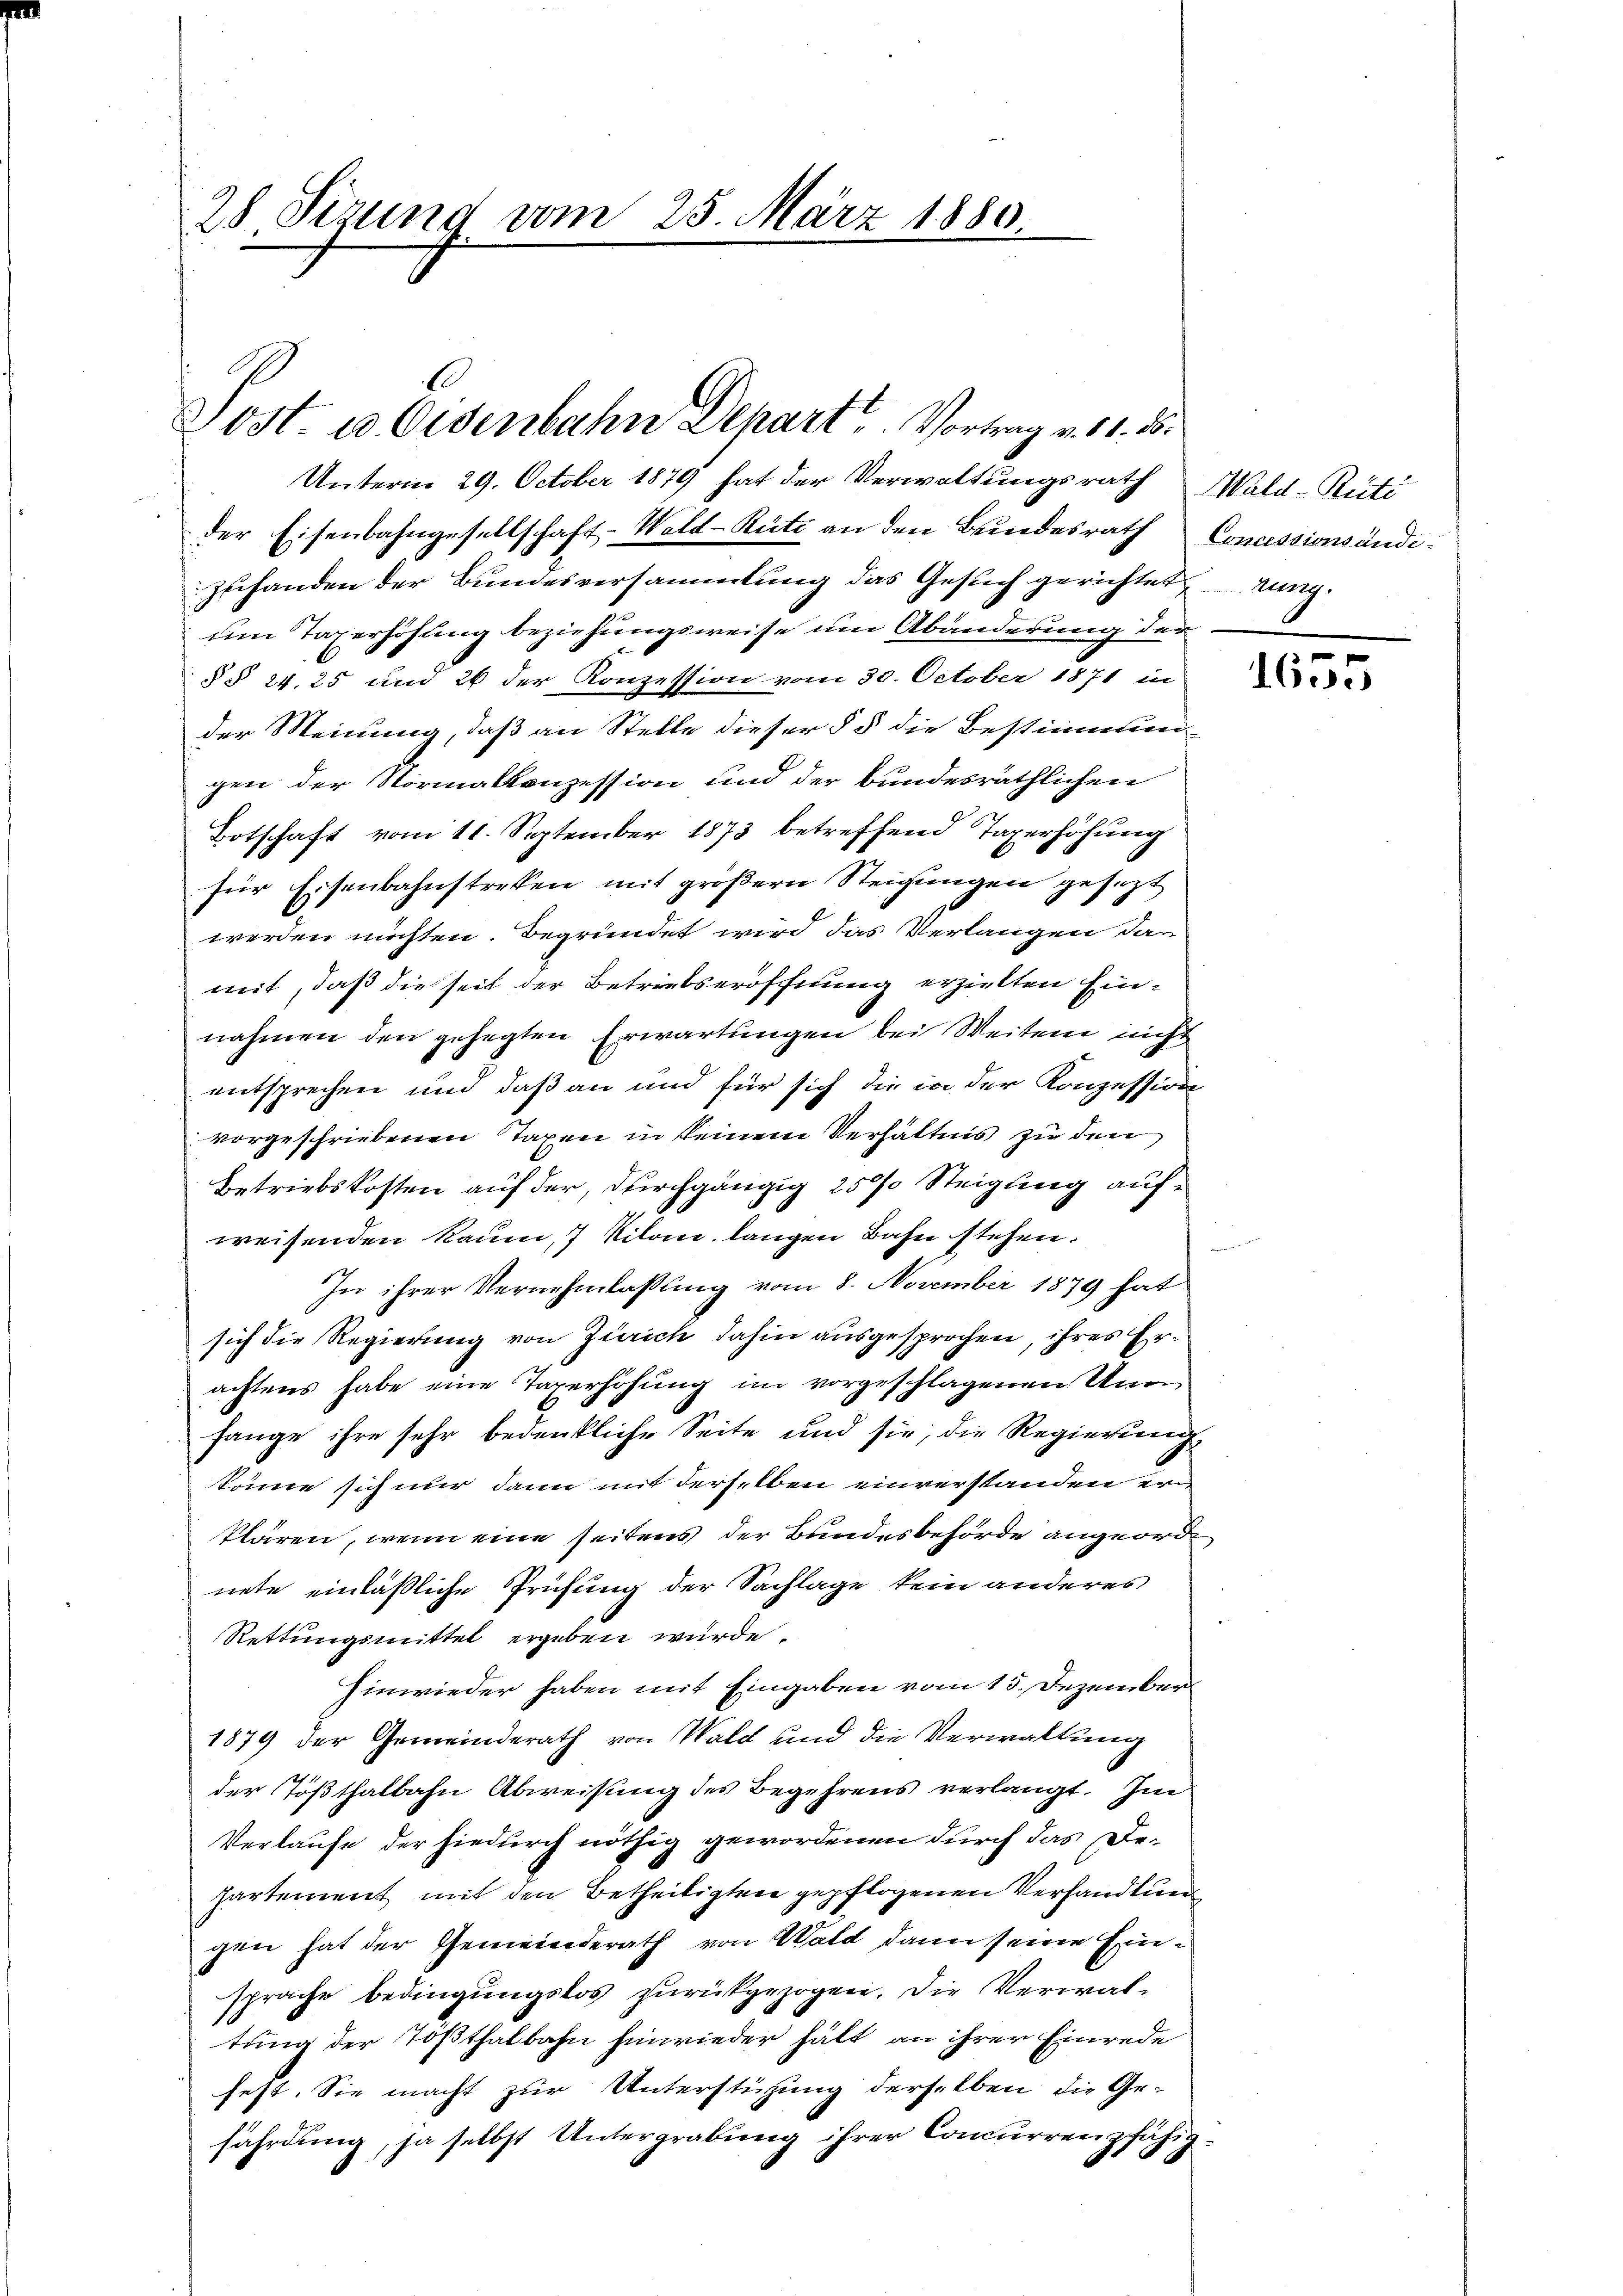
28. Sezung vom 25. März 1880

Post in Eisenbahn Depart? Vortung u. 11. d.

Unterm 29. October 1879 hat der Verwaltungsrath Wald–Rüti
der Eisenbahngesellschaft-Wald-Rüti an den Bundesrath Concessionsändezuhanden der Bundesversammlung das Gesuch gerichtet ung.
um Taxerhöhung beziehungsweise um Abänderung der
§ § 24. 25 und 26 der Konzession vom 30. October 1871 in
der Meinung, daß an Stelle dieser § 5 die Bestimmun
gen der Normalkonzession und der bundesräthlichen
Botschaft vom 11. September 1873 betreffend Taxerhöhung
für Eisenbahnstreten mit größern Steigungen gesezt
werden nichten. Begründet wird das Verlangen das
mit, daß die seit der Betriebseröffnung erzielten Einnahmen den gehegten Erwartungen bei Weiten nicht
entsprechen und daß an und für sich die in der Konzession
vorgeschriebenen Taxen in keinem Verhältnis zu den
Betriebskosten auf der, durchgängig 250% Steigung aufweisenden kaum, 7 Kilom, langen Bahn stehen.
r
In ihrer Vernehmlassung vom 8. November 1879 hat
sich die Regierung von Zürich dahin ausgesprochen, ihres Erachtens habe eine Taverhöhung im vorgeschlagenen Un
fange ihre sehr bedenkliche Seite und sie, die Regierung
könne sich nur dann mit derselben einverstanden er
klären, wenn eine seitens der Bundesbehörde angeordnete einläßliche Prüfung der Sachlage kein anderes
Rettungsmittel ergeben würde.
hinwieder haben mit Eingaben vom 15. Dezember
1879 der Gemeinderath von Wald und die Verwaltung
der Tößthalbahn Abweisung des Begehrens verlangt. Im
Verlaufe der hiedurch nöthig gewordenen durch das Departement mit den Betheiligten gepflogenen Verhandlun
gen hat der Gemeinderath von Wald dann seine Einsprache bedingungslos zurückgezogen. Die Verwaltung der Tößthalbahn hinwieder hält an ihrer Einrede
fest. Sie macht zur Unterstüzung derselben die Ge-
fährdung, ja selbst Untergrabung ihrer Concurrenzfähig¬

1655